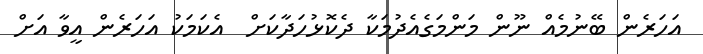
އަހަރެން ބޭނުމެއް ނޫން މަންމަގެއެދުމަކާ ދެކޮޅުހަދާކަށް  އެކަމަކު އަހަރެން އީވާ އަށް